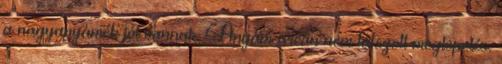
a nagyanyámék jól vannak. Anyám arcán nem látszott meglepetés.